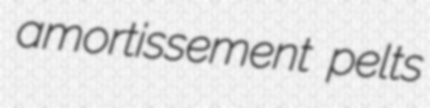
amortissement pelts